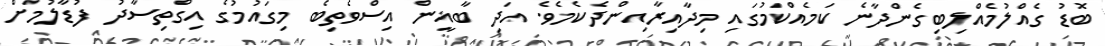
ބޮޑު ގެއްލުމެއްލިބިގެންދާނެ ކަމެއްކަމުގައި މިދާއިރާއިންދެކެމެވެ. އަދި ބާޣީން އިސްވެތިބެ މިގައުމުގެ އިގްތިސާދު ފުޑާލުމަށް